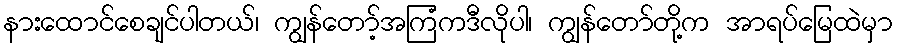
နားထောင်စေချင်ပါတယ်၊ ကျွန်တော့်အကြံကဒီလိုပါ၊ ကျွန်တော်တို့က အာရပ်မြေထဲမှာ